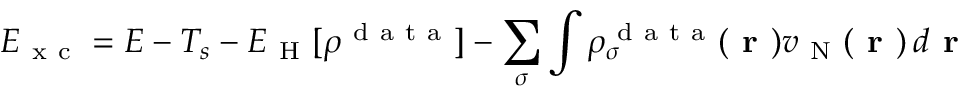
E _ { \mathrm { ~ x ~ c ~ } } = E - T _ { s } - E _ { \mathrm { ~ H ~ } } [ \rho ^ { \mathrm { ~ d ~ a ~ t ~ a ~ } } ] - \sum _ { \sigma } \int \rho _ { \sigma } ^ { \mathrm { ~ d ~ a ~ t ~ a ~ } } ( \boldsymbol { \textbf { r } } ) v _ { \mathrm { ~ N ~ } } ( \boldsymbol { \textbf { r } } ) \, d \boldsymbol { \textbf { r } }